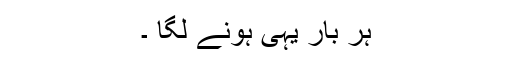
ہر بار یہی ہونے لگا ۔